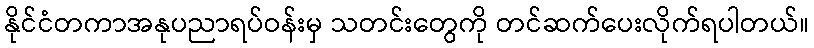
နိုင်ငံတကာအနုပညာရပ်ဝန်းမှ သတင်းတွေကို တင်ဆက်ပေးလိုက်ရပါတယ်။